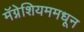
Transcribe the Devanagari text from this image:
मॅग्नेशियममधून